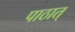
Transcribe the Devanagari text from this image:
पाठात्‌